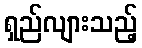
ရှည်လျားသည့်